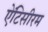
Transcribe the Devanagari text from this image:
ऐंटिसीरम